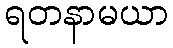
ရတနာမယာ